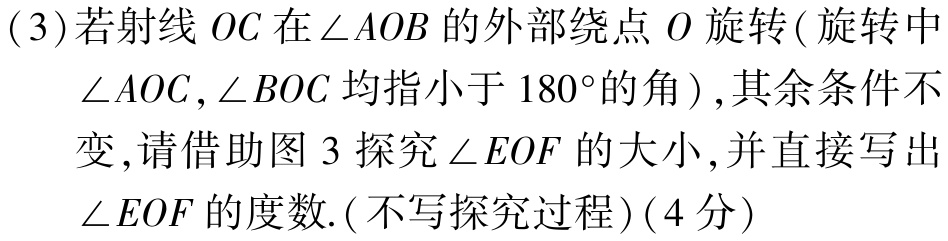
(3)若射线 \(OC\) 在\(\angle AOB\)的外部绕点 \(O\) 旋转( 旋转中\(\angle AOC,\angle BOC\) 均指小于 \(180^{\circ}\)的角 ),其余条件不变,请借助图 3 探究\(\angle EOF\) 的大小,并直接写出\(\angle EOF\)的度数.(不写探究过程)(4分)